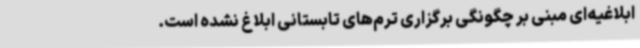
ابلاغیه‌ای مبنی بر چگونگی برگزاری ترم‌های تابستانی ابلاغ نشده است.